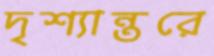
দৃশ্যান্তরে